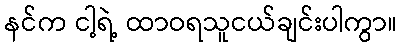
နင်က ငါ့ရဲ့ ထာဝရသူငယ်ချင်းပါကွာ။